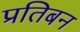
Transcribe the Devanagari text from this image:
प्रतिबन